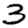
Digit: 3